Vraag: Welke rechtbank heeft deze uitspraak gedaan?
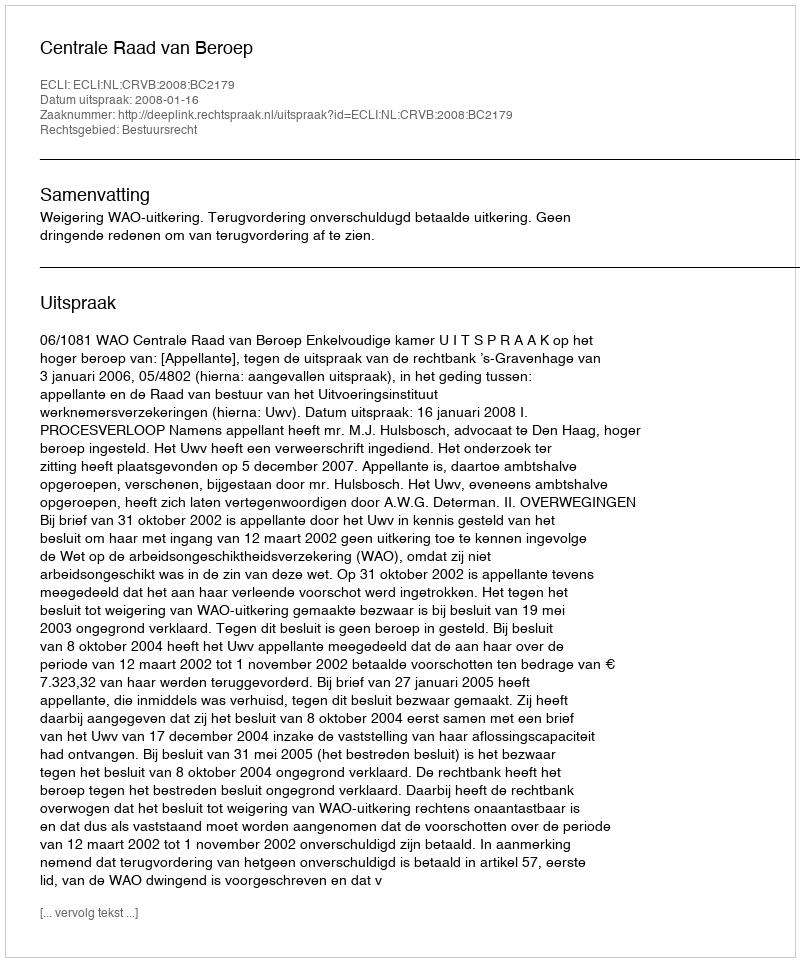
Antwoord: Centrale Raad van Beroep